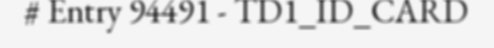
# Entry 94491 - TD1_ID_CARD